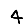
Digit: 4